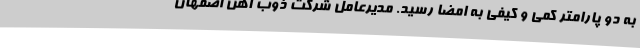
به دو پارامتر کمی و کیفی به امضا رسید. مدیرعامل شرکت ذوب آهن اصفهان